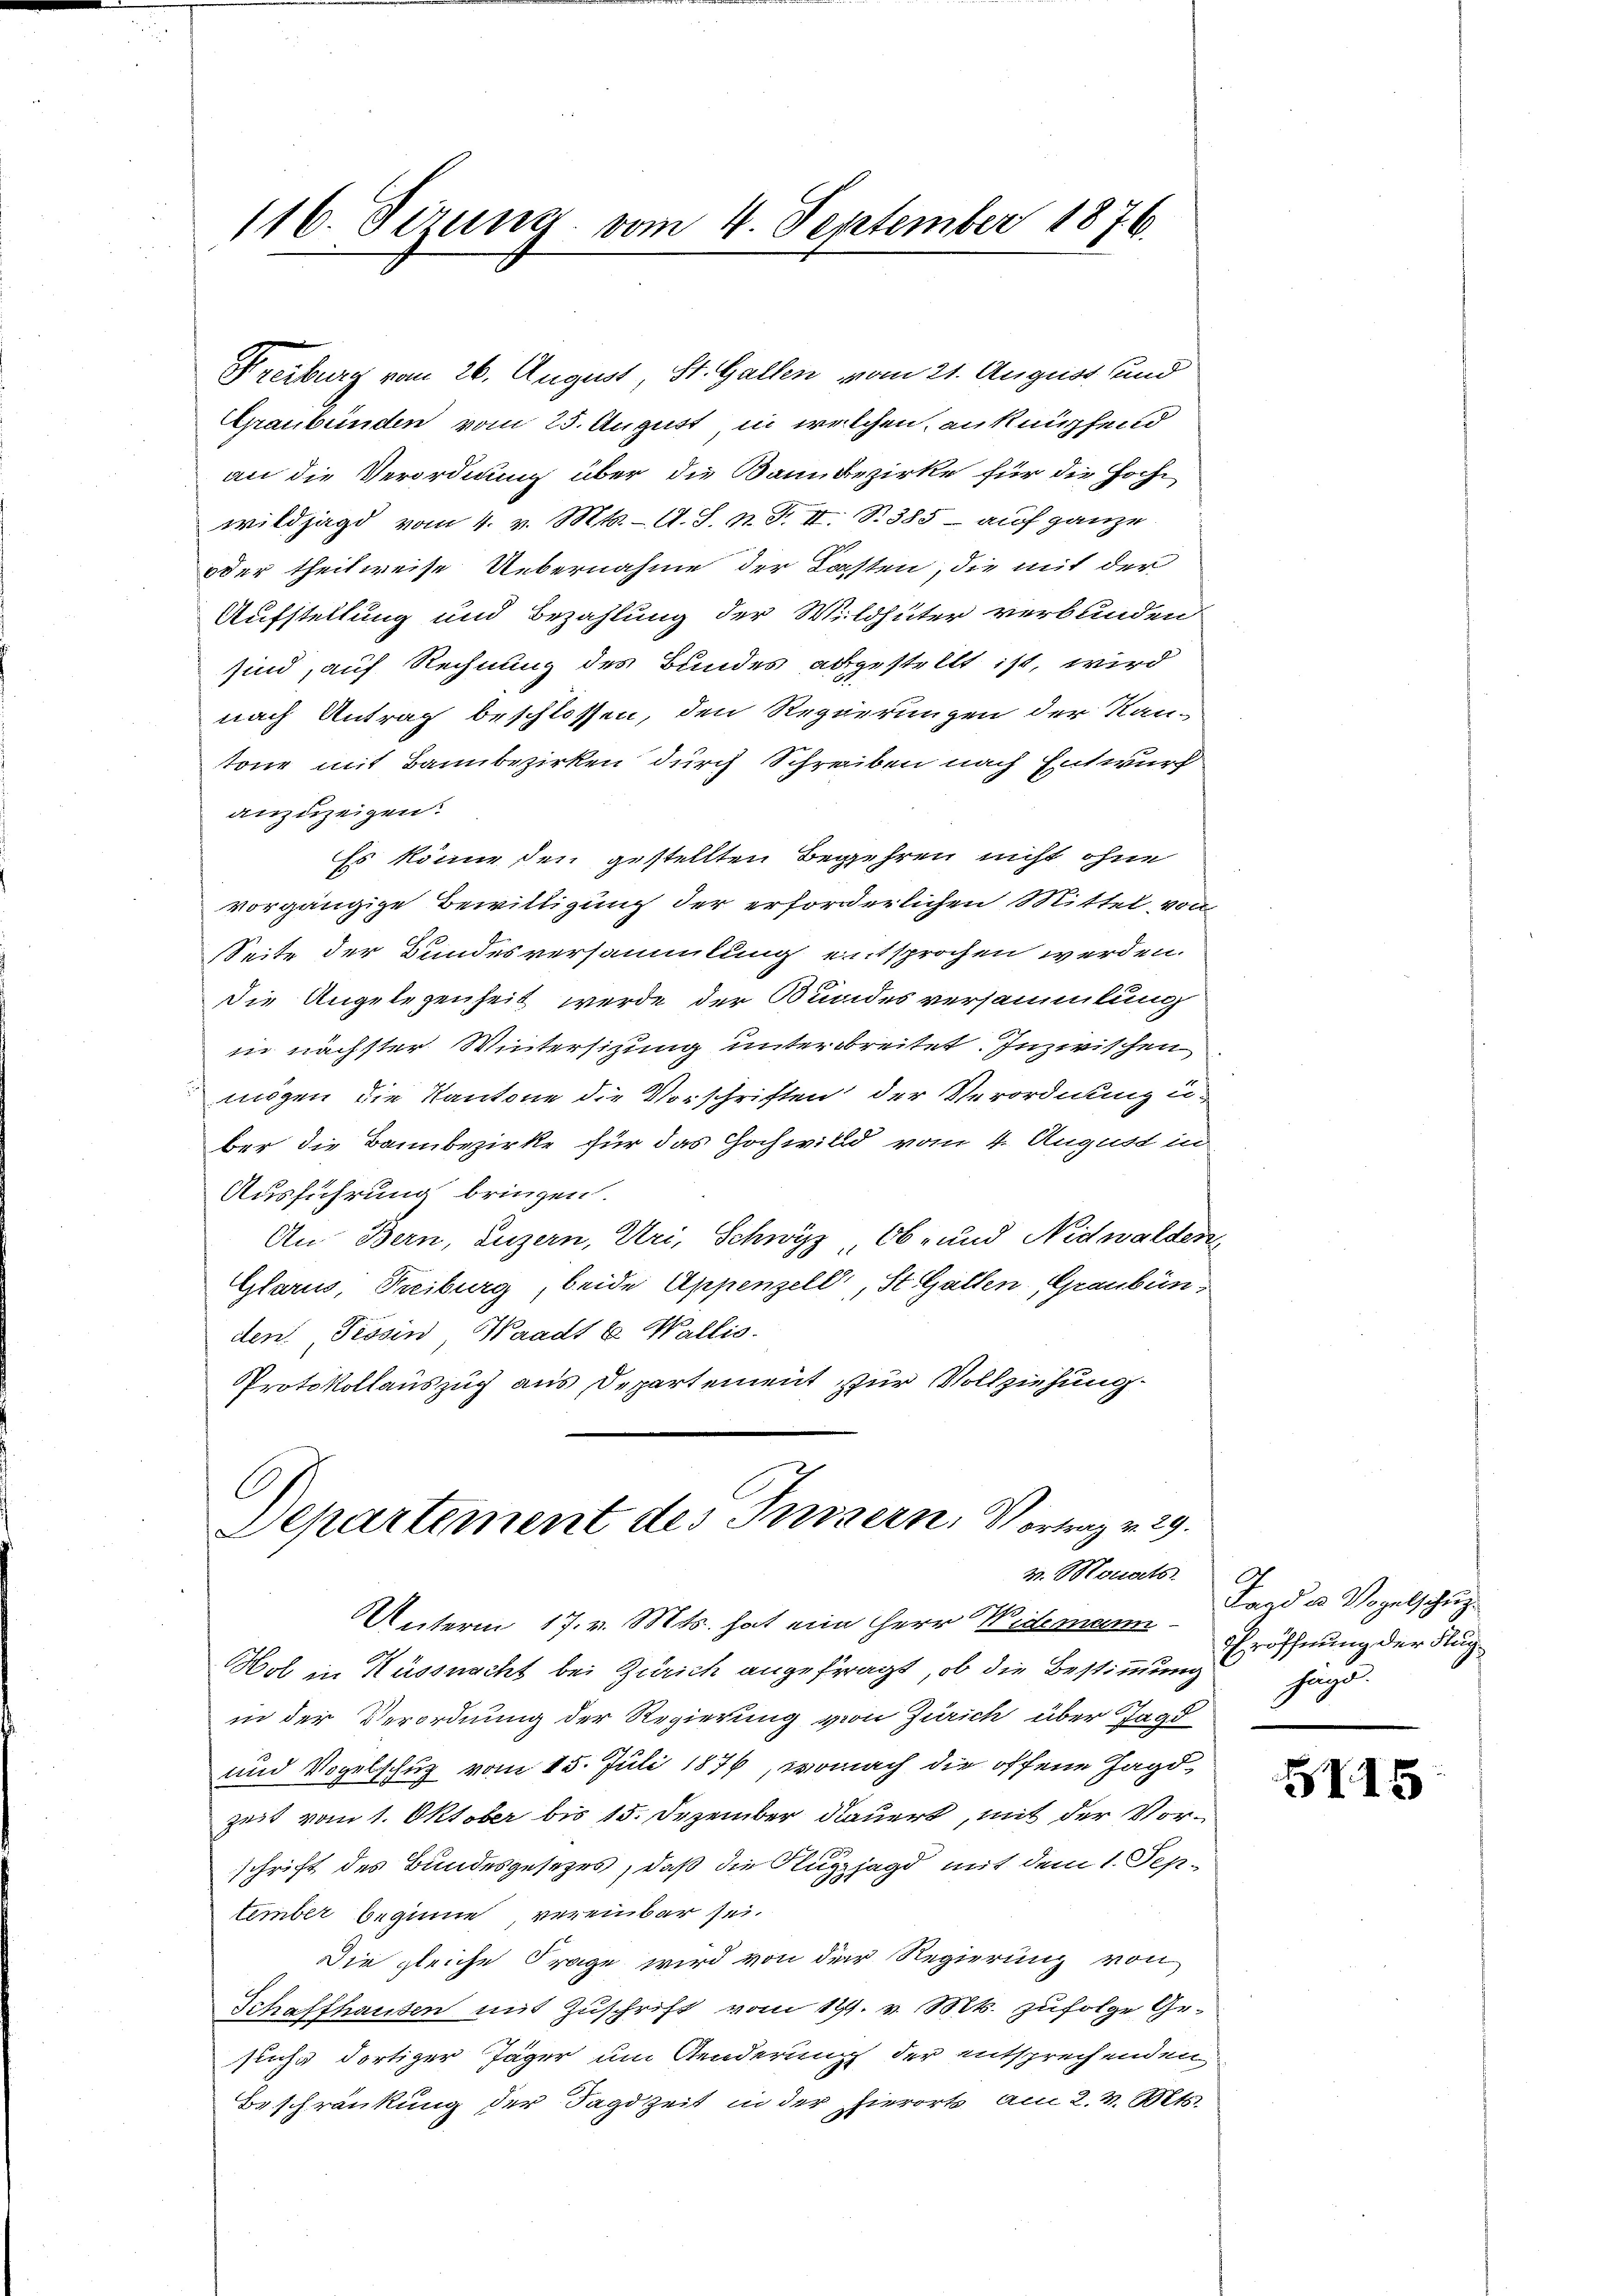
116. Sezung vom 4. September 1876.

Freiburg vom 26. August St. Gallen vom 21. August und
Graubünden vom 25. August in welchen anknüpfend
an die Verordnung über die Bann bezirke für die Hochwildjagd vom 4. v. Mts. A. S. n. F. II. S. 385 auf ganze
oder theilweise Uebernahme der Kasten, die mit der
Aufstellung und Bezahlung der Wildhüter verbunden
sind, auf Rechnung des Bundes abgestellt ist, wird
nach Antrag beschlossen, den Regierungen der Kan-
tone mit Bannbezirken durch Schreiben nach Entwurf
anzuzeigen.
Es könne den gestellten Begehren nicht ohne
vorgängige Bewilligung der erforderlichen Mittel, von
Seite der Bundesversammlung entsprochen werden.
die Angelegenheit werde der Kundesversammlung
in nächster Wintersitzung unterbreitet. Inzwischen
mögen die Kantone die Vorschriften der Verordnung u.
ber die Bannbezirke für das Hochwill vom 4. August in
Ausführung bringen.
An Bern, Luzern, Uri, Schwyz, Ob- und Nidwalden
Glarus, Treiburg, beide Appenzell, St. Gallen (Graubünden Tessin, Waadt b Wallis.
Protokollauszug aus Departement zur Vollziehung
C
Departement des Inizern, Vortrag v. 29.
v. Monats
2
Unterm 17. v. Mts. hat ein Herr Widerman¬
Hol in Küssnacht bei Zürich angefragt, ob die Bestimmung Hand
in der Verordnung der Regierung von Zürich über Jagd
und Vogelschutz vom 15. Juli 1876, wonach die offene Jagdzeit vom 1. Oktober bis 15. Dezember dauert, mit der Vor-
schrift des Bundesgesetzes, daß die Klugzjagd mit dem 1. September beginne vereinbar sei.
Die gleiche Frage wird von der Regierung von
Schaffhausen mit Zuschrift vom 14. v. Mts. zufolge Gesuche dortiger Jäger um Aenderung der entsprechenden
Beschränkung der Tagdzeit in der hierort am 2. v. Mts.

Jagd u Vogelschup¬
Eröffnung der Flug¬

515